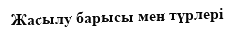
Жасылу барысы мен түрлері